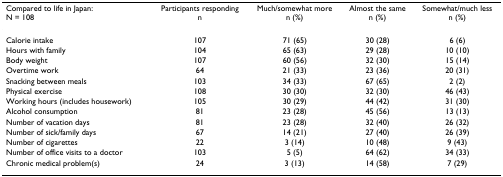
| Compared to life in Japan:N = 108 | Participants respondingn | Much/somewhat moren (%) | Almost the samen (%) | Somewhat/much lessn (%) |
 | --- | --- | --- | --- | --- |
 | Calorie intake | 107 | 71 (65) | 30 (28) | 6 (6) |
 | Hours with family | 104 | 65 (63) | 29 (28) | 10 (10) |
 | Body weight | 107 | 60 (56) | 32 (30) | 15 (14) |
 | Overtime work | 64 | 21 (33) | 23 (36) | 20 (31) |
 | Snacking between meals | 103 | 34 (33) | 67 (65) | 2 (2) |
 | Physical exercise | 108 | 30 (30) | 32 (30) | 46 (43) |
 | Working hours (includes housework) | 105 | 30 (29) | 44 (42) | 31 (30) |
 | Alcohol consumption | 81 | 23 (28) | 45 (56) | 13 (13) |
 | Number of vacation days | 81 | 23 (28) | 32 (40) | 26 (32) |
 | Number of sick/family days | 67 | 14 (21) | 27 (40) | 26 (39) |
 | Number of cigarettes | 22 | 3 (14) | 10 (48) | 9 (43) |
 | Number of office visits to a doctor | 103 | 5 (5) | 64 (62) | 34 (33) |
 | Chronic medical problem(s) | 24 | 3 (13) | 14 (58) | 7 (29) |